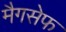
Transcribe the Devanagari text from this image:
मैगसेफ